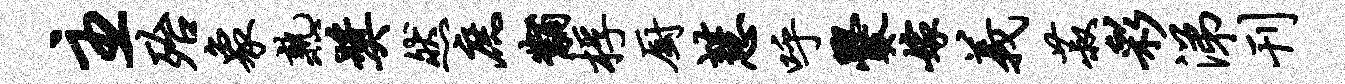
主殆象熟奖然庶黼桴厨慧呼爨嫁义菽彩涕刊